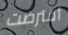
أفترضت